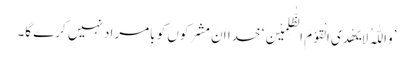
’وَاللّٰہُ لَا یَھْدِی الْقَوْمَ الظّٰلِمِیْنَ‘ خدا ان مشرکوں کو بامراد نہیں کرے گا۔